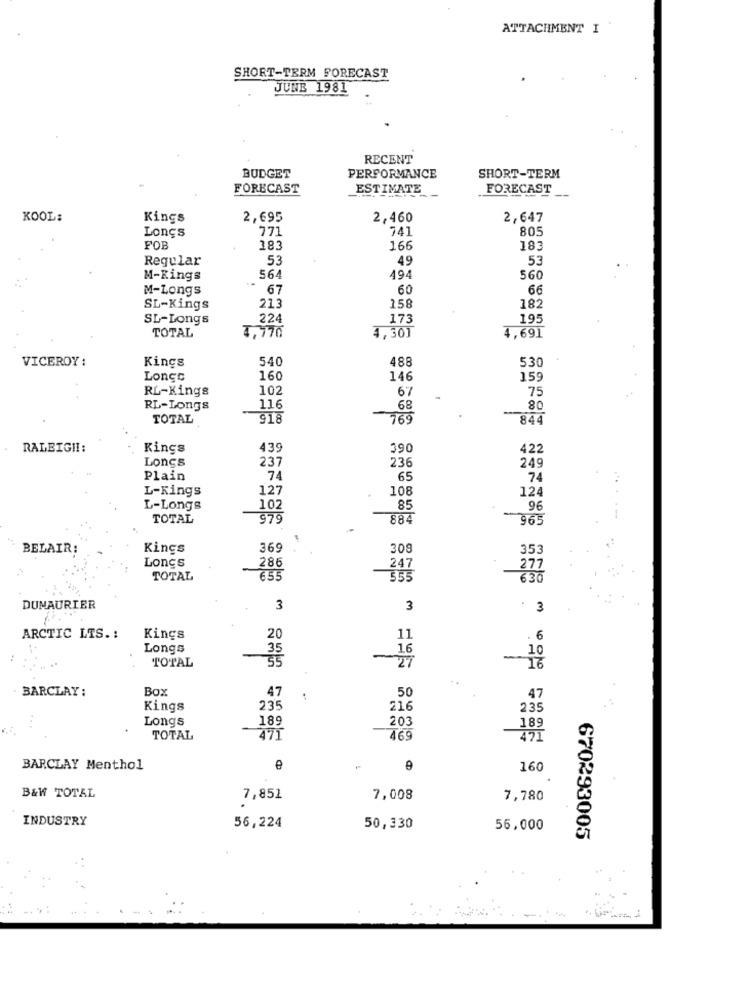
ATTACHMENT I
SHORT-TERM FORECAST
JUNE 1981
RECENT
BUDGET
PERFORMANCE
SHORT-TERM
FORECAST
ESTIMATE
FORECAST
KOOL:
Kings
2,695
2,460
2,647
Longs
741
805
FOB
183
166
183
Regular
53
49
53
M-Kings
564
494
560
M-Longs
67
60
66
SL-Kings
213
158
182
SL-Longs
224
173
195
TOTAL
1,770
4,30]
4,691
VICEROY :
Kings
540
488
530
Longo
160
146
15
RL-Kings
102
67
75
RL-Longs
116
68
80
TOTAL
918
769
844
RALEIGH !:
Kings
439
390
422
Longs
237
236
249
Plain
74
65
74
L-Kings
127
108
124
L-Longs
102
85
96
TOTAL
979
884
965
BELAIR
Kings
369
309
353
Longs
286
277
TOTAL
655
636
DUMAURIER
3
3
. 3
ARCTIC LTS .:
Kings
20
11
. 6
Longs
16
10
TOTAL
35
-
16
Box
47
50
BARCLAY :
47
Kings
235
216
235
Longs
189
203
189
TOTAL
471
469
471
BARCLAY Menthol
9
160
B&W TOTAL
7,851
7,008
7,780
INDUSTRY
56,224
50,330
56,000
670293005